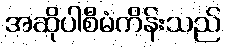
အဆိုပါစီမံကိန်းသည်